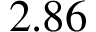
2 . 8 6